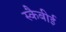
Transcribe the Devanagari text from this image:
स्कैबीई